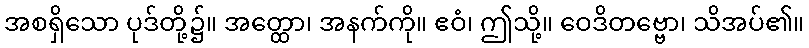
အစရှိသော ပုဒ်တို့၌။ အတ္ထော၊ အနက်ကို။ ဧဝံ၊ ဤသို့။ ဝေဒိတဗ္ဗော၊ သိအပ်၏။